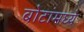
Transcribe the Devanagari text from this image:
बोटांमघ्ये